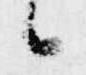
候